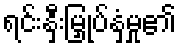
ရင်းနှီးမြှုပ်နှံမှု၏